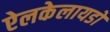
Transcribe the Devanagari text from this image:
ऐलकेलायडों